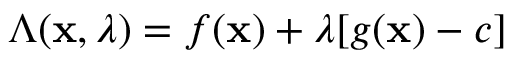
\Lambda ( \mathbf { x } , \lambda ) = f ( \mathbf { x } ) + \lambda [ g ( \mathbf { x } ) - c ]